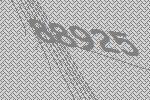
88925